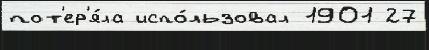
пот'ер'я́ла испо́льзовал 1901 27